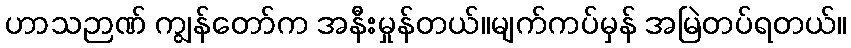
ဟာသဉာဏ် ကျွန်တော်က အနီးမှုန်တယ်။မျက်ကပ်မှန် အမြဲတပ်ရတယ်။